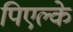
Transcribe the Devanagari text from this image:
पिएल्के